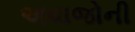
અવાજોની